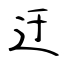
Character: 迂